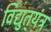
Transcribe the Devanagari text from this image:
विद्युत्‌यंत्र